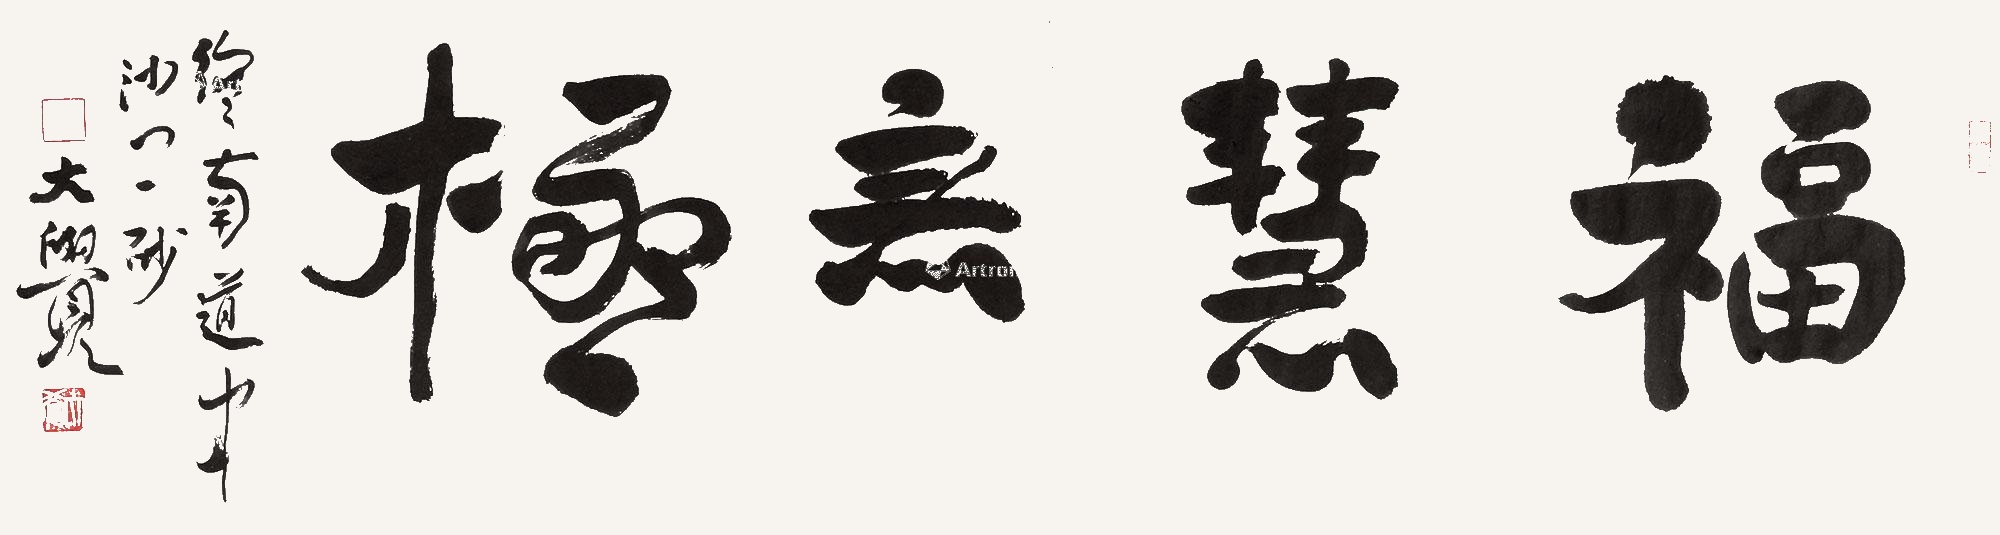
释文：福慧无极终南道中沙门一砂，大觉。